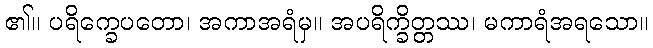
၏။ ပရိက္ခေပတော၊ အကာအရံမှ။ အပရိက္ခိတ္တဿ၊ မကာရံအရသော။